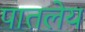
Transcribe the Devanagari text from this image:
पातलेय